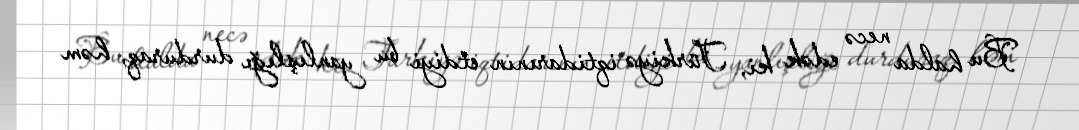
Bu halda necə edək ki, Türkiyə iqtidarının etdiyi bu yanlışlığı durduraq, həm